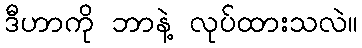
ဒီဟာကို ဘာနဲ့ လုပ်ထားသလဲ။